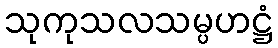
သုကုသလသမ္ပဟဋ္ဌံ